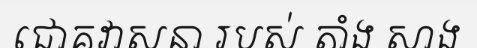
ជោគវាសនា របស់ តាំង សាង